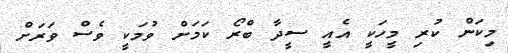
މިކަން ކުރި މީހަކީ އެއީ ސީދާ ބްރޯ ކަމަށް ވުމަކީ ވެސް ވަރަށް